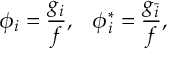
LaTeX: \phi _ { i } = \frac { g _ { i } } { f } , \; \; \; \phi _ { i } ^ { * } = \frac { g _ { \bar { i } } } { f } ,